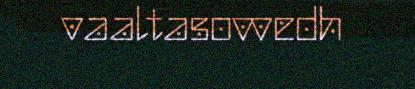
vaaltasovvedh